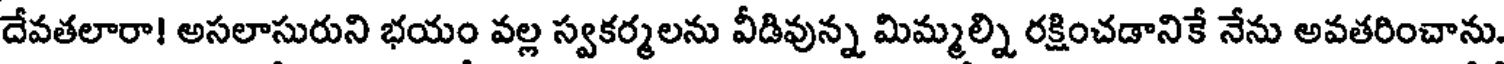
దేవతలారా! అసలాసురుని భయం వల్ల స్వకర్మలను వీడివున్న మిమ్మల్ని రక్షించడానికే నేను అవతరించాను,